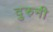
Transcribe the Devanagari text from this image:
दुरुनी